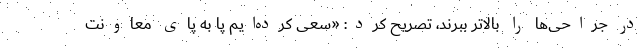
در جراحی‌ها را بالاتر ببرند، تصریح کرد: «سعی کرده‌ایم پا به پای معاونت